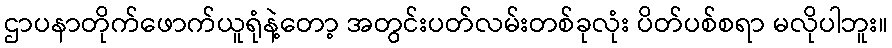
ဌာပနာတိုက်ဖောက်ယူရုံနဲ့တော့ အတွင်းပတ်လမ်းတစ်ခုလုံး ပိတ်ပစ်စရာ မလိုပါဘူး။